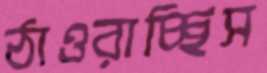
ঠাওরাচ্ছিস